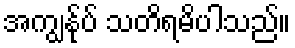
အကျွန်ုပ် သတိရမိပါသည်။